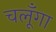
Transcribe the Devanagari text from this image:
चलूँगा